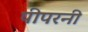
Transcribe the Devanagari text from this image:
पीपरनी